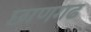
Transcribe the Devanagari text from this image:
छाणगढ